Report on vaccination in the Province of Bengal - 1874-1889
Year: 1874
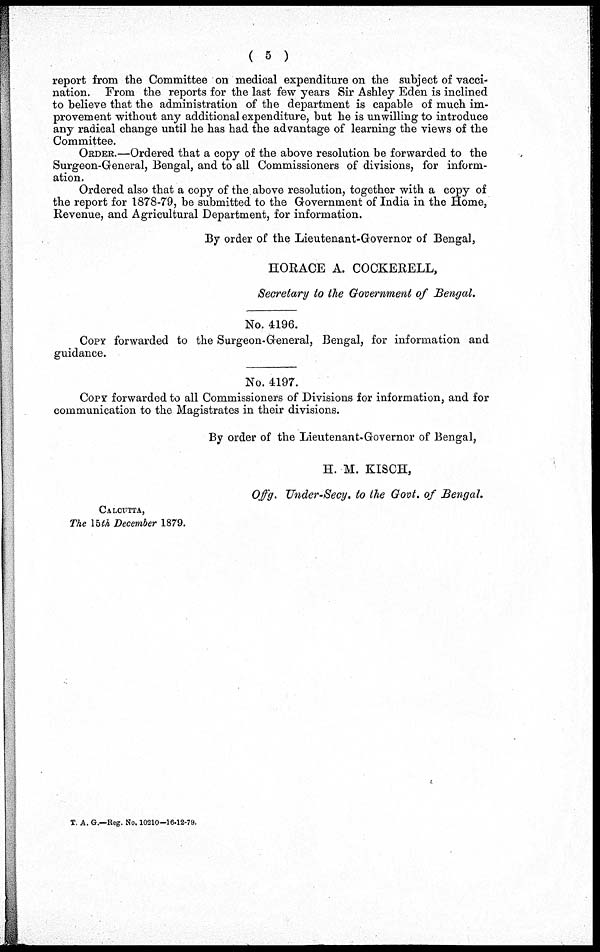
( 5 )
report from the Committee on medical expenditure on the subject of vacci-
nation. From the reports for the last few years Sir Ashley Eden is inclined
to believe that the administration of the department is capable of much im-
provement without any additional expenditure, but he is unwilling to introduce
any radical change until he has had the advantage of learning the views of the
Committee.
ORDER.—Ordered that a copy of the above resolution be forwarded to the
Surgeon-General, Bengal, and to all Commissioners of divisions, for inform-
ation.
Ordered also that a copy of the above resolution, together with a copy of
the report for 1878-79, be submitted to the Government of India in the Home,
Revenue, and Agricultural Department, for information.
By order of the Lieutenant-Governor of Bengal,
HORACE A. COCKERELL,
Secretary to the Government of Bengal.
No. 4196.
COPY forwarded to the Surgeon-General, Bengal, for information and
guidance.
No. 4197.
COPY forwarded to all Commissioners of Divisions for information, and for
communication to the Magistrates in their divisions.
By order of the Lieutenant-Governor of Bengal,
H. M. KISCH,
Offg. Under-Secy. to the Govt. of Bengal.
CALCUTTA,
The 15th December 1879.
T. A. G.—Reg. No. 10210—16-12-79.